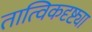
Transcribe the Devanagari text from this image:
तात्विकदृष्ट्या